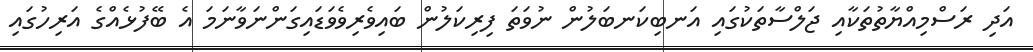
އަދި ރަސްމިއްޔާތުތަކާއި ޖަލްސާތަކުގައި އަނބިކަނބަލުން ނުވަތަ ފިރިކަލުން ބައިވެރިވެވަޑައިގަންނަވާނަމަ އެ ބޭފުޅެއްގެ އަރިހުގައި